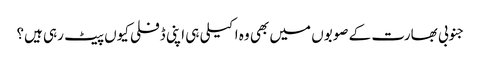
جنوبی بھارت کے صوبوں میں بھی وہ اکیلی ہی اپنی ڈفلی کیوں پیٹ رہی ہیں؟